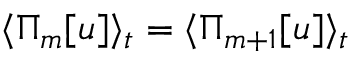
\langle \Pi _ { m } [ u ] \rangle _ { t } = \langle \Pi _ { m + 1 } [ u ] \rangle _ { t }